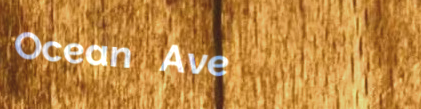
Ocean Ave